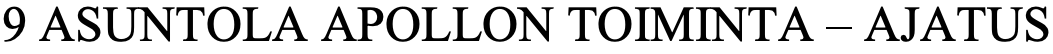
9 ASUNTOLA APOLLON TOIMINTA – AJATUS